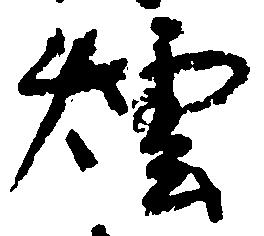
煙